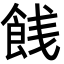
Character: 䬻